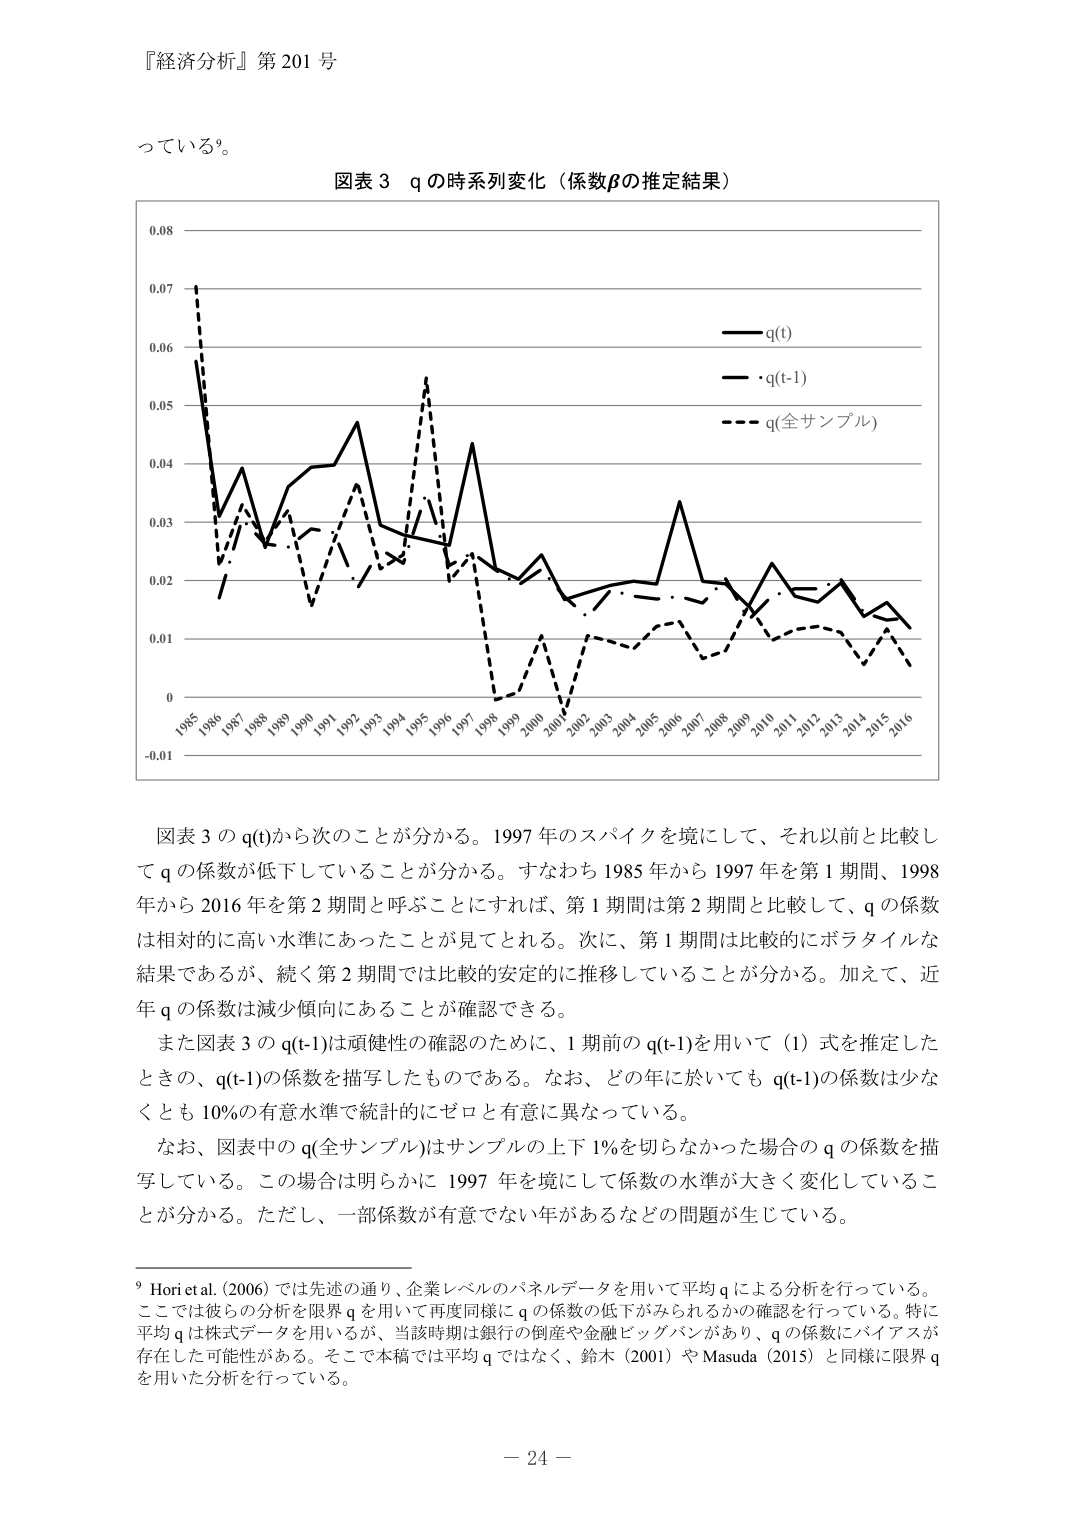
『経済分析』第201号

っている⁹。

図表3 qの時系列変化（係数βの推定結果）

0.08
0.07
0.06
0.05
0.04
0.03
0.02
0.01
0
-0.01

1985 1986 1987 1988 1989 1990 1991 1992 1993 1994 1995 1996 1997 1998 1999 2000 2001 2002 2003 2004 2005 2006 2007 2008 2009 2010 2011 2012 2013 2014 2015 2016

q(t)
q(t-1)
q(全サンプル)

図表3のq(t)から次のことが分かる。1997年のスパイクを境にして、それ以前と比較してqの係数が低下していることが分かる。すなわち1985年から1997年を第1期間、1998年から2016年を第2期間と呼ぶことにすれば、第1期間は第2期間と比較して、qの係数は相対的に高い水準にあったことが見てとれる。次に、第1期間は比較的にボラタイルな結果であるが、続く第2期間では比較的安定的に推移していることが分かる。加えて、近年qの係数は減少傾向にあることが確認できる。

また図表3のq(t-1)は頑健性の確認のために、1期前のq(t-1)を用いて(1)式を推定したときの、q(t-1)の係数を描写したものである。なお、どの年に対してもq(t-1)の係数は少なくとも10%の有意水準で統計的にゼロと有意に異なっている。

なお、図表中のq(全サンプル)はサンプルの上下1%を切らなかった場合のqの係数を描写している。この場合は明らかに1997年を境にして係数の水準が大きく変化していることが分かる。ただし、一部係数が有意でない年があるなどの問題が生じている。

⁹ Hori et al. (2006) では先述の通り、企業レベルのパネルデータを用いて平均qによる分析を行っている。ここでは彼らの分析を限界qを用いて再度同様にqの係数の低下がみられるかの確認を行っている。特に平均qは株式データを用いるが、当該時期は銀行の倒産や金融ビッグバンがあり、qの係数にバイアスが存在した可能性がある。そこで本稿では平均qではなく、鈴木（2001）やMasuda（2015）と同様に限界qを用いた分析を行っている。

－24－